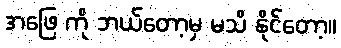
အဖြေ ကို ဘယ်တော့မှ မသိ နိုင်တော့။